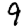
Digit: 9